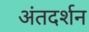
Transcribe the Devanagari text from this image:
अंतदर्शन